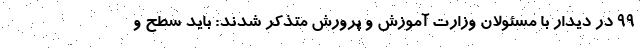
99 در دیدار با مسئولان وزارت آموزش و پرورش متذکر شدند: باید سطح و